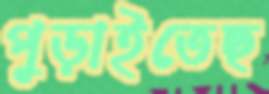
পুড়াইতেছ